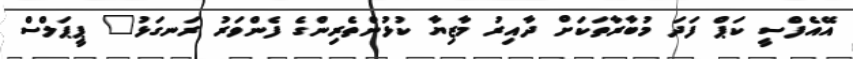
އޭއެފްސީ ކަޕް ފަދަ މުބާރާތަކަށް ދާއިރު މާޒިޔާ ކުޅުންތެރިންގެ ފެންވަރު ރަނގަޅު" ޕީޕަލްސް